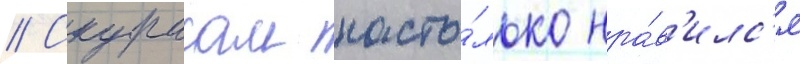
// Скурасам насто́лько нра́в'илс'я